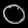
Digit: ၀